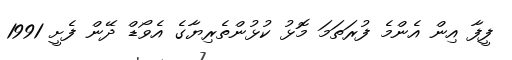
ފީފާ އިން އެންމެ ފުރަތަމަ މޮޅު ކުޅުންތެރިޔާގެ އެވޯޑް ދޭން ފެށީ 1991